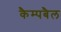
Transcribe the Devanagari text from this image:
कैम्पबैल